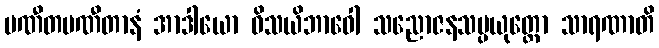
ပဏီတပဏီတာနံ အာဒါယော ဝိသယိဘာဝေါ သညောဇနသမ္ပယုတ္တော သာရဏာတိ